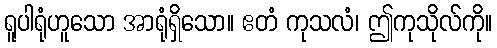
ရူပါရုံဟူသော အာရုံရှိသော။ ဧတံ ကုသလံ၊ ဤကုသိုလ်ကို။